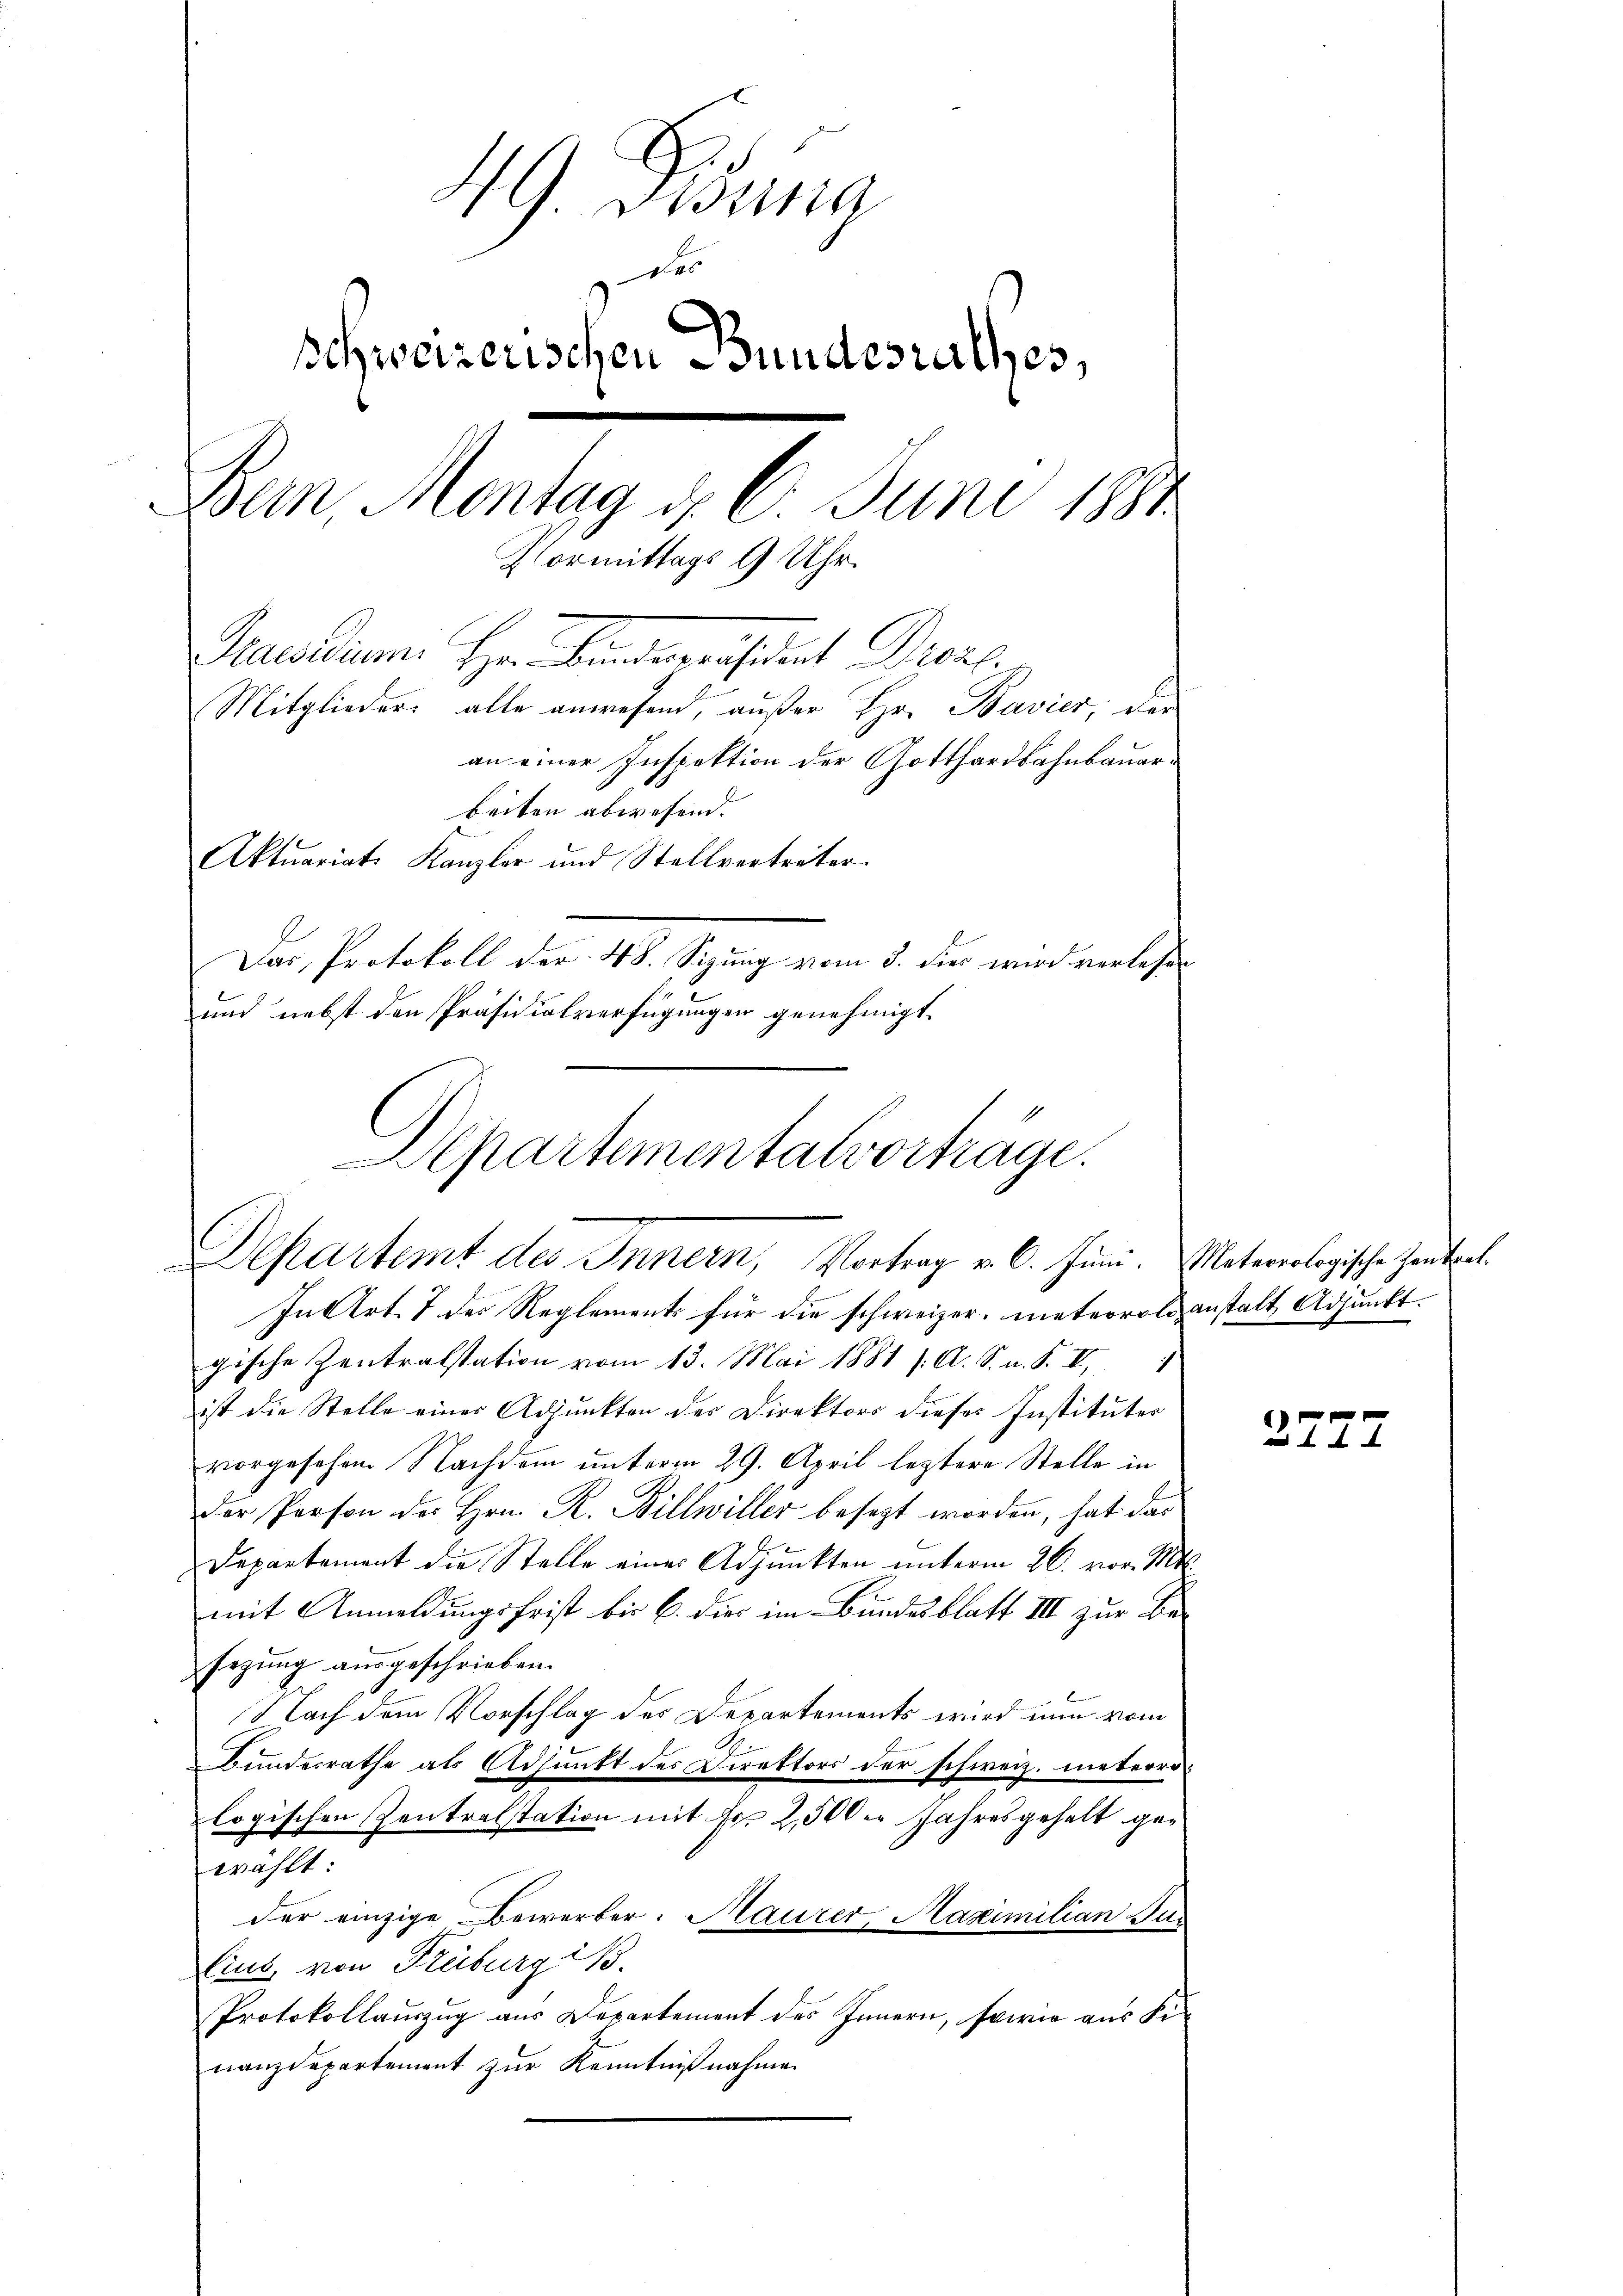
49. Pisina
Das
schweizerischen Bundesrathes,
Bern, Montag d. 6. Juni 1882
Normittags 9 Uhr.
Geuseum Herr Bindepräsident Droz.
Mitglieder alle anwesend, außer Hr. Bavier, der
an einer Inspektion der Gotthardbahnbauerbeiten abwesend.
Aktuariats Kanzler und Stellvertreter
Das Protokoll der 48. Sizung vom 3. der wird verlesen
und nebst den Präsidialverfügungen genehmigt.

Separtementalvortrage.
Departemt des Innern, Vortrag v. 6. Juni. Meteorologische Zeitral¬

In Art. 7 des Reglements für die schweizer, meteorolo anstalt Adjunktgische Zentralstation vom 13. Mai 1881 f. A. S. n. F. II,
ist die Stelle einer Adjunkten des Direktors dieses Institutes
vorgesehen Nachdem unterm 29. April leztere Stelle in
der Person des Hrn. R. Billwiller besezt worden, hat das
Departement die Stelle eines Adjunkten unterm 26. vor. Mts.
mit Anmeldungsfrist bis 6. dies im Bundesblatt III zur Besezung ausgeschrieben.
Nach dem Vorschlag des Departements wird nun vom
Bundesrathe als Adjunkt des Direktors der schweiz. meteoro-
logischen Zentralstation mit Fr. 2,500er Jahresgehalt gewählt:
der einzige Bewerber. Maurer, Maximilian Pun
lius, von Freiburg iß.
Protokollauszug aus Departement des Innern, sowie aus Sinanzdepartement zur Kenntnißnahme.

4